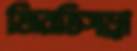
জিরতিসড্রা